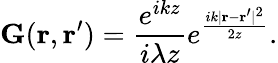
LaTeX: \textbf{G}(\textbf{r},\textbf{r}^{\prime})=\frac{e^{ikz}}{i\lambda z}e^{\frac{ik\lvert\textbf{r}-\textbf{r}^{\prime}\rvert^{2}}{2z}}.